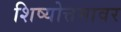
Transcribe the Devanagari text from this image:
शिष्योत्तमावर